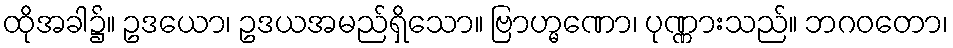
ထိုအခါ၌။ ဥဒယော၊ ဥဒယအမည်ရှိသော။ ဗြာဟ္မဏော၊ ပုဏ္ဏားသည်။ ဘဂဝတော၊